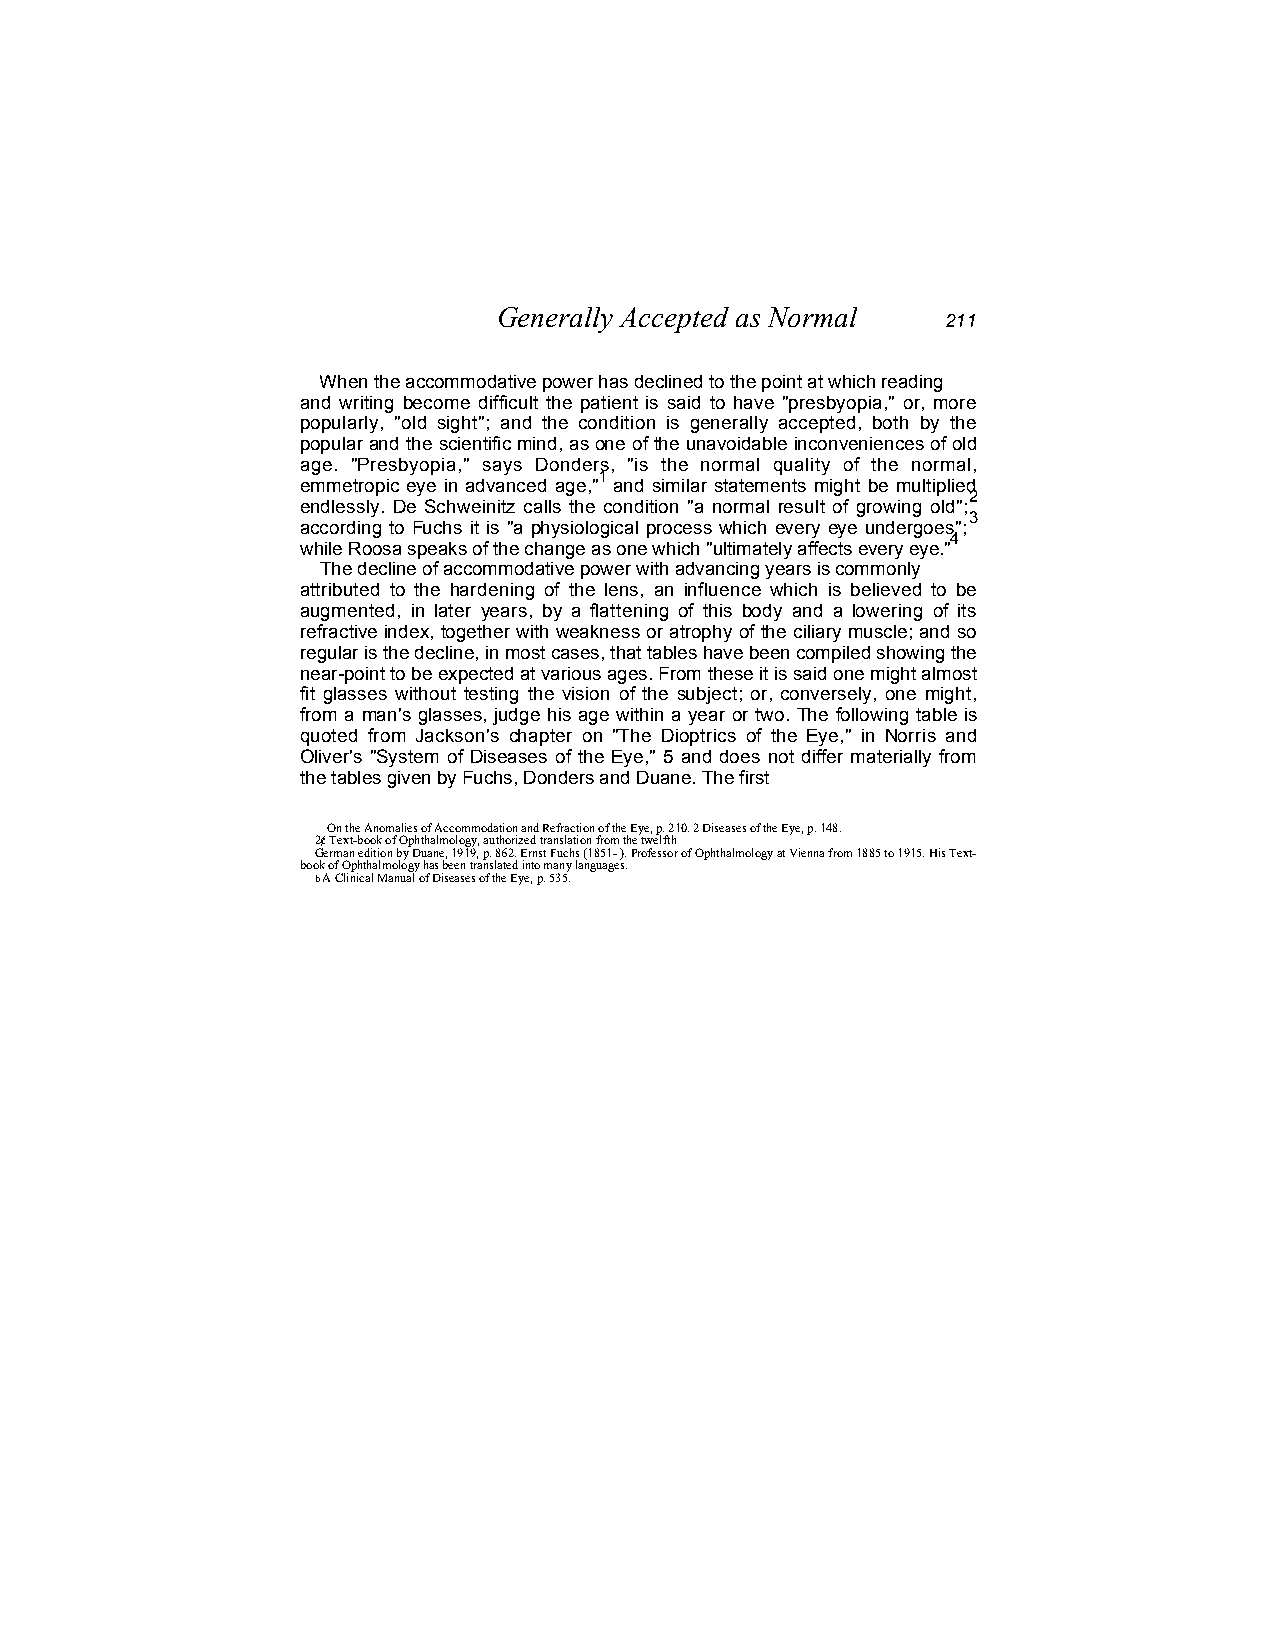
Generally Accepted as Normal
 211
 When the accommodative power has declined to the point at which reading
 and writing become difficult the patient is said to have "presbyopia," or, more
 popularly, "old sight"; and the condition is generally accepted, both by the
 popular and the scientific mind, as one of the unavoidable inconveniences of old
 age. "Presbyopia," says Donders, "is the normal quality of the normal,
 1
 emmetropic eye in advanced age," and similar statements might be multiplied
 2
 endlessly. De Schweinitz calls the condition "a normal result of growing old";
 3
 according to Fuchs it is "a physiological process which every eye undergoes";
 4
 while Roosa speaks of the change as one which "ultimately affects every eye."
 The decline of accommodative power with advancing years is commonly
 attributed to the hardening of the lens, an influence which is believed to be
 augmented, in later years, by a flattening of this body and a lowering of its
 refractive index, together with weakness or atrophy of the ciliary muscle; and so
 regular is the decline, in most cases, that tables have been compiled showing the
 near-point to be expected at various ages. From these it is said one might almost
 fit glasses without testing the vision of the subject; or, conversely, one might,
 from a man's glasses, judge his age within a year or two. The following table is
 quoted from Jackson's chapter on "The Dioptrics of the Eye," in Norris and
 Oliver's "System of Diseases of the Eye," 5 and does not differ materially from
 the tables given by Fuchs, Donders and Duane. The first
 On the Anomalies of Accommodation and Refraction of the Eye, p. 210. 2 Diseases of the Eye, p. 148.
 2¢ Text-book of Ophthalmology, authorized translation from the twelfth
 German edition by Duane, 1919, p. 862. Ernst Fuchs (1851- ). Professor of Ophthalmology at Vienna from 1885 to 1915. His Text-
 book of Ophthalmology has been translated into many languages.
 b A Clinical Manual of Diseases of the Eye, p. 535.